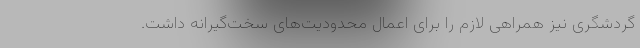
گردشگری نیز همراهی لازم را برای اعمال محدودیت‌های سخت‌گیرانه داشت.